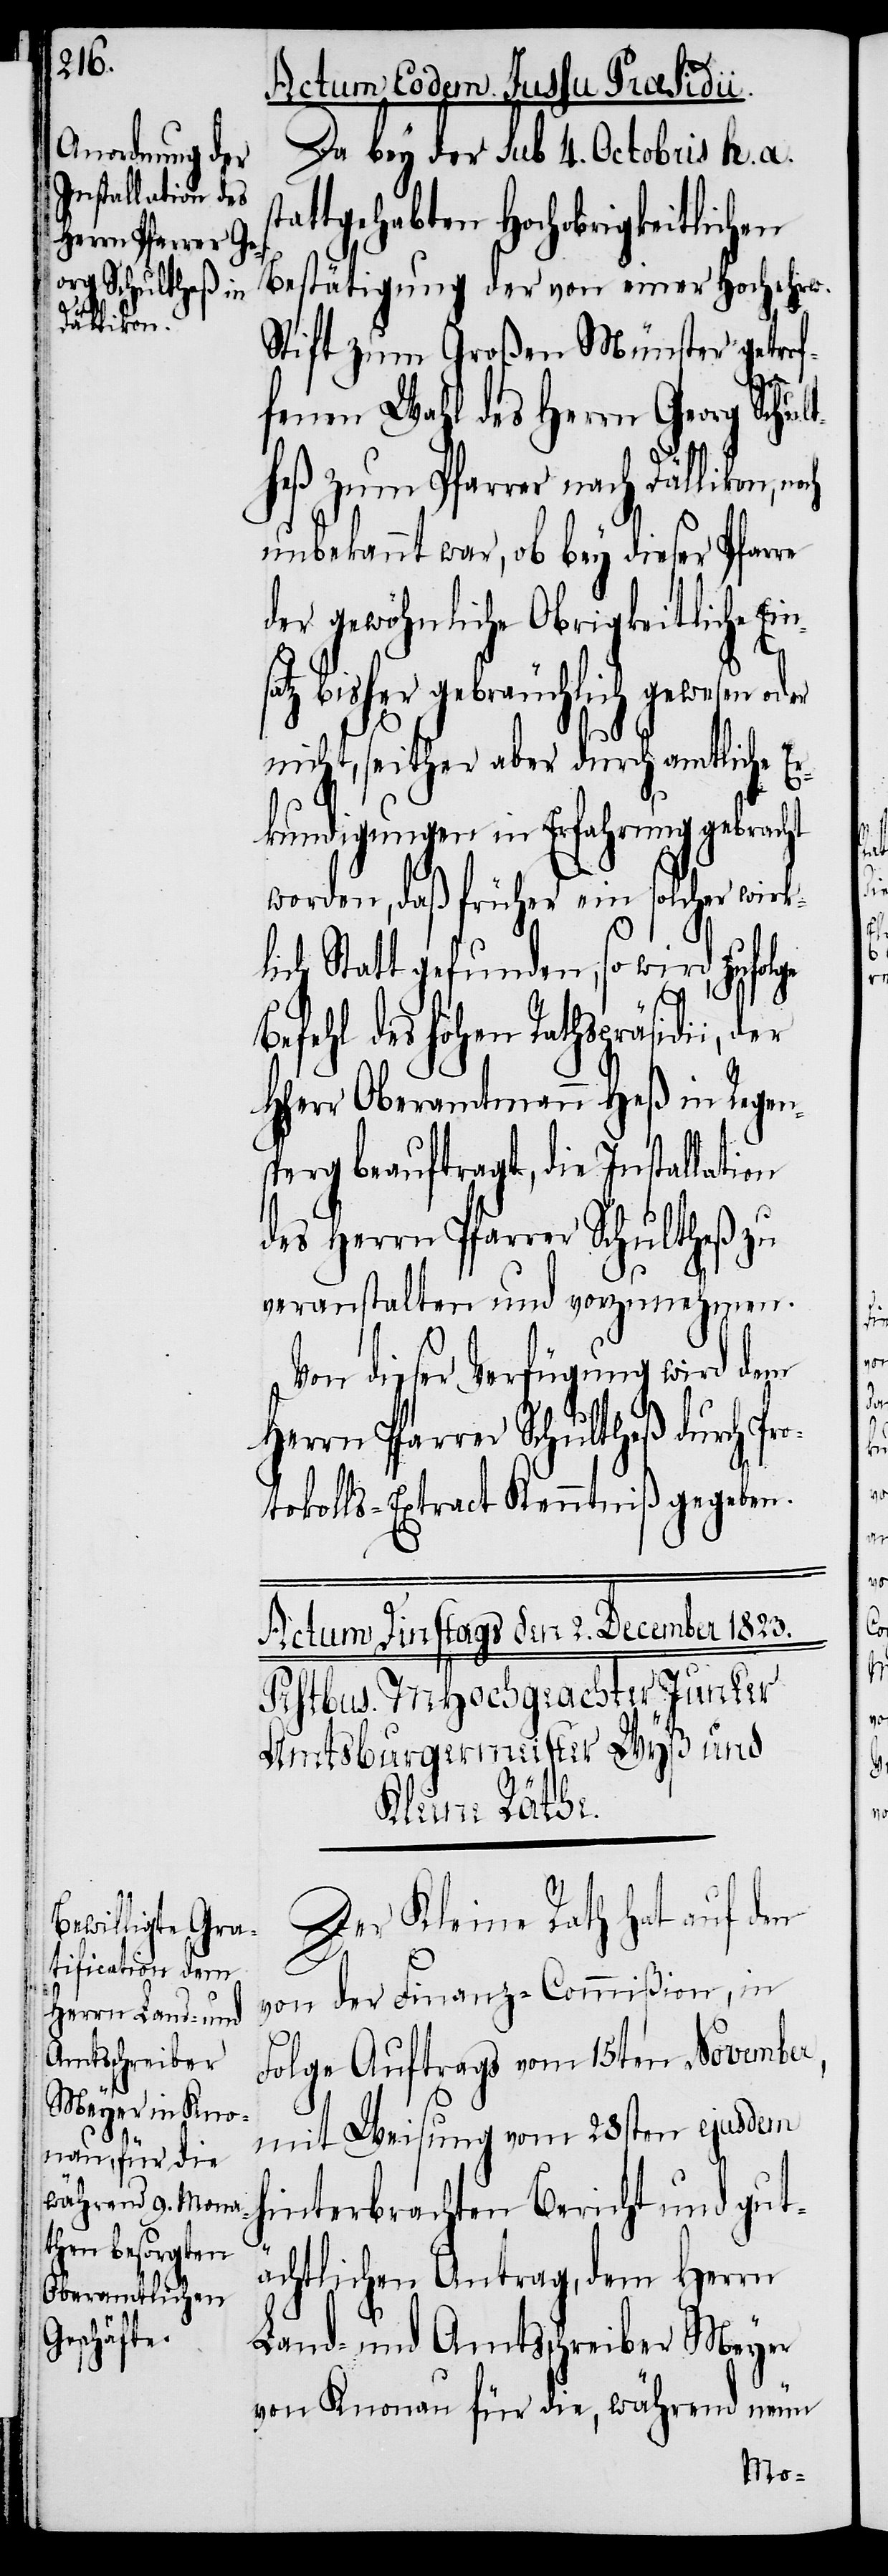
Actum Eodem. Jussu Praesidii.
Da bey der sub 4. Octobris h. a.
attgehabten Hochobrigkeitlichen
Bestätigung der von einer Hochehrw.
Stift zum Großen Münster getrof¬
fenen Wahl des Herrn Georg Schult¬
heß zum Pfarrer nach Dällikon,
unbekannt war, ob bey dieser Pfarre
der gewöhnliche Obrigkeitliche Ei¬
ro¬
atz bisher gebräuchlich gewesen
nicht, seither aber durch amtliche E¬
rkundigungen in Erfahrung gebracht
worden, daß früher ein solcher wirk¬
lich Statt gefunden, so wird, zufolge
st¬
Befehl des hohen Rathspräsidii, der
HHerr Oberamtmann Heß in Regen¬
sperg beauftragt, die Installation
des Herrn Pfarrer Schultheß zu
veranstalten und vorzunehmen.
Von dieser Verfügung wird dem
Herrn Pfarrer Schultheß durch P¬
tokolls-Extract Kenntniß gegeben.
Der Kleine Rath hat auf den
von der Finanz-Commißion, in
Folge Auftrags vom 15ten November,
mit Weisung vom 28sten ejusdem
hinterbrachten Bericht und gut¬
ächtlichen Antrag, dem Herrn
Land- und Amtsschreiber Meyer
von Knonau für die, während neun